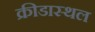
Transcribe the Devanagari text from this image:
क्रीडास्थल